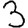
Digit: 3